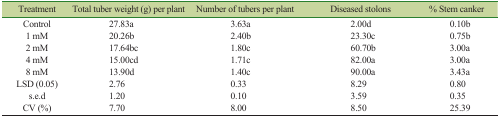
<table><thead><tr><td><b>Treatment</b></td><td><b>Total tuber weight (g) per plant</b></td><td><b>Number of tubers per plant</b></td><td><b>Diseased stolons</b></td><td><b>% Stem canker</b></td></tr></thead><tbody><tr><td>Control</td><td>27.83a</td><td>3.63a</td><td>2.00d</td><td>0.10b</td></tr><tr><td>1 mM</td><td>20.26b</td><td>2.40b</td><td>23.30c</td><td>0.75b</td></tr><tr><td>2 mM</td><td>17.64bc</td><td>1.80c</td><td>60.70b</td><td>3.00a</td></tr><tr><td>4 mM</td><td>15.00cd</td><td>1.71c</td><td>82.00a</td><td>3.00a</td></tr><tr><td>8 mM</td><td>13.90d</td><td>1.40c</td><td>90.00a</td><td>3.43a</td></tr><tr><td>LSD (0.05)</td><td>2.76</td><td>0.33</td><td>8.29</td><td>0.80</td></tr><tr><td>s.e.d</td><td>1.20</td><td>0.10</td><td>3.59</td><td>0.35</td></tr><tr><td>CV (%)</td><td>7.70</td><td>8.00</td><td>8.50</td><td>25.39</td></tr></tbody></table>